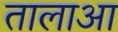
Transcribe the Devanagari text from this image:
तालाआ